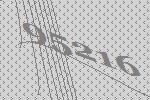
95216